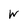
Character: W